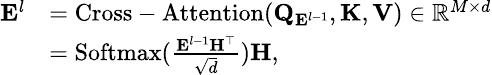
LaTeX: \small\begin{array}{rl}{\mathbf{E}^{l}}&{=\mathrm{Cross-Attention}(\mathbf{Q}_{\mathbf{E}^{l-1}},\mathbf{K},\mathbf{V})\in\mathbb{R}^{M\times d}}\\ &{=\mathrm{Softmax}(\frac{\mathbf{E}^{l-1}\mathbf{H}^{\top}}{\sqrt{d}})\mathbf{H},}\end{array}